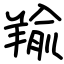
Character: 羭